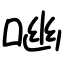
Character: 㗀